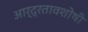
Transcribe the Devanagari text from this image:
आर्द्रतावशोषी